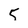
Character: 5